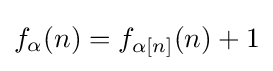
f_{\alpha }(n)=f_{\alpha [n]}(n)+1